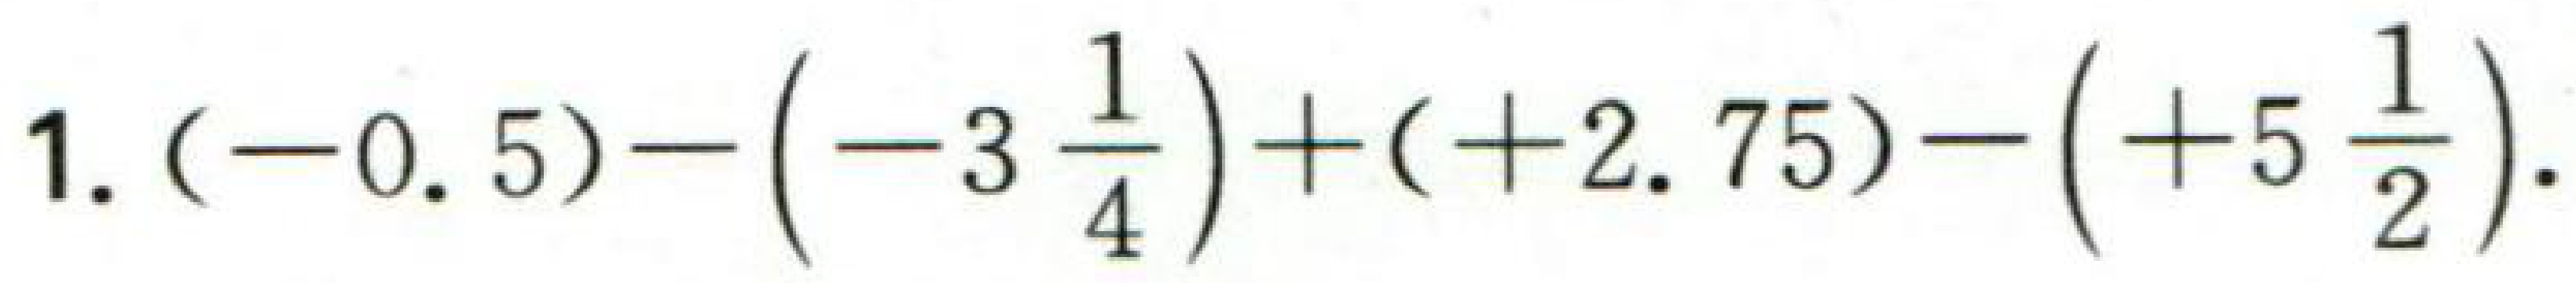
$1.(-0.5)-\left(-3\frac{1}{4}\right)+( + 2.75)-\left(+5\frac{1}{2}\right).$